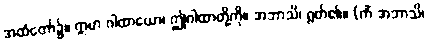
အထံတော်၌။ ဣမာ ဂါထာယော၊ ဤဂါထာတို့ကို။ အဘာသိ၊ ရွတ်၏။ (ကိံ အဘာသိ၊